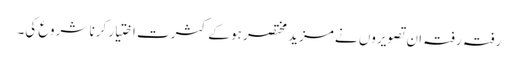
رفتہ رفتہ ان تصویروں نے مزید مختصر ہو کے کثرت اختیار کرنا شروع کی۔